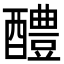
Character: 醴